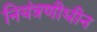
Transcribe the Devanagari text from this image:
नियंत्रणीधीन